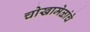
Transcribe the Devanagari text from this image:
चोखामेळांचे